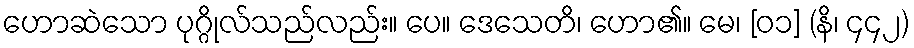
ဟောဆဲသော ပုဂ္ဂိုလ်သည်လည်း။ ပေ။ ဒေသေတိ၊ ဟော၏။ မေ၊ [၀၁] (နိ၊ ၄၄၂)